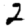
Digit: 2